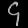
Digit: ၄